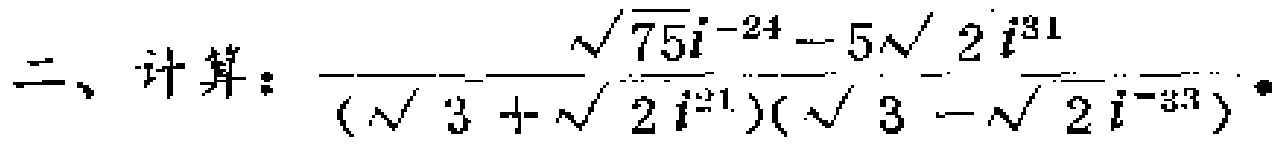
二、计算：$\frac{\sqrt{75}i^{-24}-5\sqrt{2}i^{31}}{(\sqrt{3}+\sqrt{2}i^{21})(\sqrt{3}-\sqrt{2}i^{-33})}$ 。